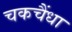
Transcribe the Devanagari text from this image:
चकचैंधा